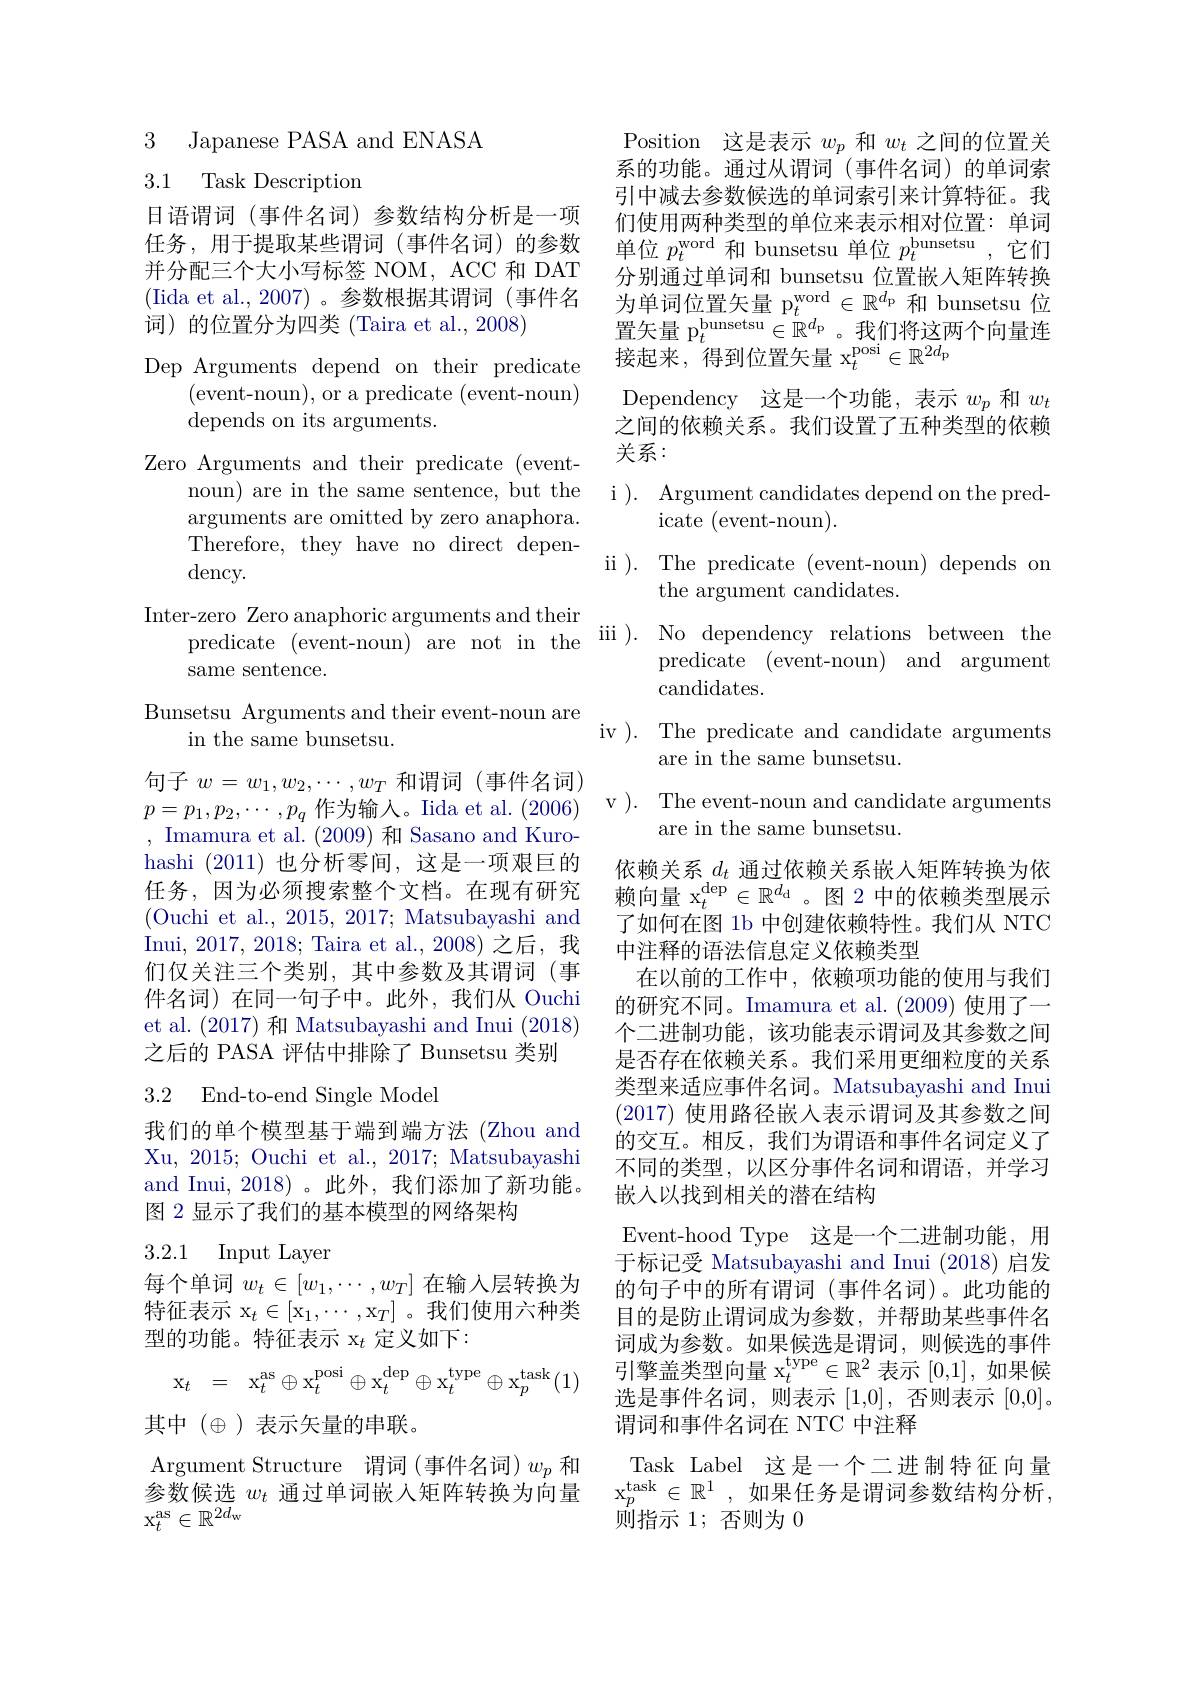
3 Japanese PASA and ENASA

3.1 Task Description

日语谓词(事件名词)参数结构分析是一项任务，用于提取某些谓词(事件名词)的参数并分配三个大小写标签 NOM, ACC 和 DAT (Iida et al., 2007)。参数根据其谓词(事件名词)的位置分为四类(Taira et al.,2008)
Dep Arguments depend on their predicate
(event-noun),or a predicate(event-noun)
depends on its arguments.
Zero Arguments and their predicate (event-
noun) are in the same sentence, but the i ). Argument candidates depend on the pred-
arguments are omitted by zero anaphora. Therefore, they have no direct depen- $\operatorname{dency}.$
Inter-zero Zero anaphoric arguments and their
predicate (event-noun) are not in the ii ). No dependency relations between the
same sentence.
Bunsetsu Arguments and their event-noun are
in the same bunsetsu.
句子$w=w_1,w_2,\cdots,w_T$和谓词(事件名词)
$p=p_{1},p_{2},\cdots,p_{q}$作为输人。Iida et al. (2006) v). The event-noun and candidate arguments
Imamura et al. (2009)和 Sasano and Kurohashi (2011)也分析零间，这是一项艰巨的任务，因为必须搜索整个文档。在现有研究(Ouchi et al., 2015, 2017; Matsubayashi and Inui, 2017, 2018; Taira et al., 2008) 之后，我们仅关注三个类别，其中参数及其谓词(事件名词)在同一句子中。此外，我们从 Ouchi et al. (2017)和 Matsubayashi and Inui (2018) 之后的 PASA 评估中排除了 Bunsetsu 类别
3.2 End-to-end Single Model

我们的单个模型基于端到端方法(Zhou and Xu, 2015; Ouchi et al., 2017; Matsubayashi and Inui, 2018)。此外，我们添加了新功能。图 2 显示了我们的基本模型的网络架构

## 3.2.1 Input Layer

每个单词$w_t\in[w_1,\cdots,w_T]$在输入层转换为特征表示$x_t\in$[ $x_1$, $\cdots$, $x_T$] 。我们使用六种类型的功能。特征表示$\mathrm x_t$定义如下：
$$\begin{array}{rcl}\mathrm{x}_t&=&\mathrm{x}_t^\mathrm{as}\oplus\mathrm{x}_t^\mathrm{posi}\oplus\mathrm{x}_t^\mathrm{dep}\oplus\mathrm{x}_t^\mathrm{type}\oplus\mathrm{x}_p^\mathrm{task}(1)\end{array}$$
其中$(\oplus$ )表示矢量的串联。
Argument Structure 谓词(事件名词)$w_p$和参数候选$w_t$通过单词嵌入矩阵转换为向量$\mathrm{x}_{t}^{\mathrm{as}}\in\mathbb{R}^{2d}$w

Position 这是表示$w_p$和$w_t$之间的位置关系的功能。通过从谓词(事件名词)的单词索引中减去参数候选的单词索引来计算特征。我们使用两种类型的单位来表示相对位置：单词单位$p_t^\mathrm{word}$和 bunsetsu 单位$p_t^\mathrm{bunsetsu}$,它们分别通过单词和 bunsetsu 位置嵌入矩阵转换为单词位置矢量 p$_t^\mathrm{word}\in\mathbb{R}^d_\mathrm{p}$和 bunsetsu 位置矢量 p$_t^\mathrm{bunsetsu}\in\mathbb{R}^d$p 。我们将这两个向量连接起来，得到位置矢量 x$_t^\mathrm{posi}\in\mathbb{R}^{2d_\mathrm{p}}$
Dependency 这是一个功能，表示$w_p$和$w_t$ 之间的依赖关系。我们设置了五种类型的依赖关系：
$\operatorname{icate}($event-noun).
ii ). The predicate (event-noun) depends on
the argument candidates.
predicate (event-noun) and argument
candidates.
iv ). The predicate and candidate arguments
are in the same bunsetsu. are in the same bunsetsu.
依赖关系$d_t$ 通过依赖关系嵌入矩阵转换为依赖向量$\mathrm{x}_t^\mathrm{dep}\in\mathbb{R}^{d_\mathrm{d}}$。图 2 中的依赖类型展示了如何在图 1b 中创建依赖特性。我们从 NTC 中注释的语法信息定义依赖类型
在以前的工作中，依赖项功能的使用与我们的研究不同。Imamura et al. (2009)使用了一个二进制功能，该功能表示谓词及其参数之间是否存在依赖关系。我们采用更细粒度的关系类型来适应事件名词。Matsubayashi and Inui (2017) 使用路径嵌入表示谓词及其参数之间的交互。相反，我们为谓语和事件名词定义了不同的类型，以区分事件名词和谓语，并学习嵌入以找到相关的潜在结构
Event-hood Type 这是一个二进制功能，用于标记受 Matsubayashi and Inui (2018)启发的句子中的所有谓词(事件名词)。此功能的目的是防止谓词成为参数，并帮助某些事件名词成为参数。如果候选是谓词，则候选的事件

引擎盖类型向量$\mathrm{x}_t^\mathrm{type}\in\mathbb{R}^2$表示[0,1],如果候选是事件名词，则表示[1,0],否则表示[0,0]。谓词和事件名词在 NTC 中注释
Task Label 这是一个二进制特征向量$\mathrm{x}_p^{\mathrm{task}}\in\mathbb{R}^1$,如果任务是谓词参数结构分析， $\dot{\text{则指示 }1};$否则为 0